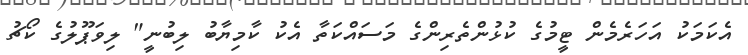
އެކަމަކު އަހަރެމެން ޓީމުގެ ކުޅުންތެރިންގެ މަސައްކަތާ އެކު ކާމިޔާބު ލިބުނީ" ލިވަޕޫލުގެ ކޯޗު